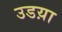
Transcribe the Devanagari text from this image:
उडय़ा